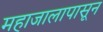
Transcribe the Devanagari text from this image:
महाजालापासून